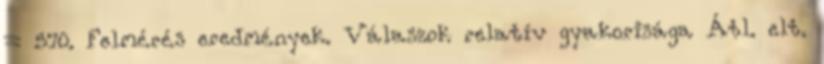
= 570. Felmérés eredmények. Válaszok relatív gyakorisága Átl. elt.